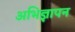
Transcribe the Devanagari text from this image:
अभिज्ञापन